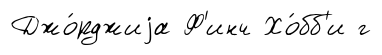
Джо́рджиjа Ф'инч Хо́бб'и г